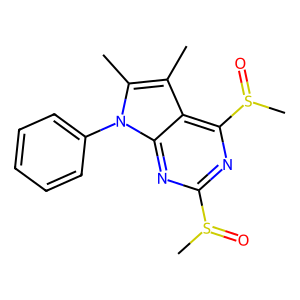
SMILES: Cc1c(C)n(-c2ccccc2)c2nc(S(C)=O)nc(S(C)=O)c12
Inhibits HIV replication: No